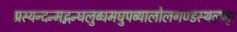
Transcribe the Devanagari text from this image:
प्रस्यन्दन्मद्गन्धलुब्धमधुपब्यालोलगण्डस्थलम्।